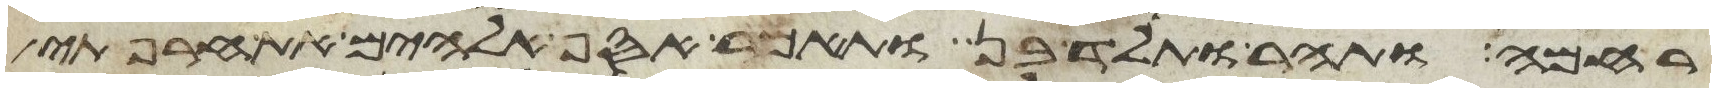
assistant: רחמה ותהר ותלד בן ותאמר אסף אלהים את חרפתי